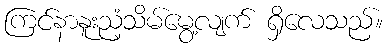
ကြင်နာနူးညံ့သိမ်မွေ့လျက် ရှိလေသည်။